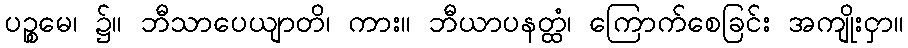
ပဉ္စမေ၊ ၌။ ဘီသာပေယျာတိ၊ ကား။ ဘီယာပနတ္ထံ၊ ကြောက်စေခြင်း အကျိုးငှာ။